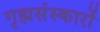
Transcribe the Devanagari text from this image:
गृह्मसंस्कारों